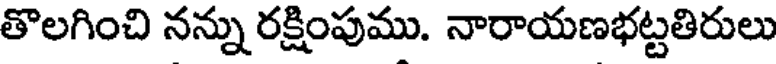
తొలగించి నన్ను రక్షింపుము. నారాయణభట్టతిరులు